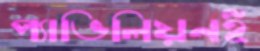
প্যাভিলিয়নই